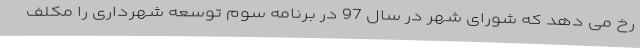
رخ می دهد که شورای شهر در سال 97 در برنامه سوم توسعه شهرداری را مکلف